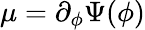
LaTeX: \mu=\partial_{\phi}\Psi(\phi)